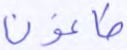
طاغون